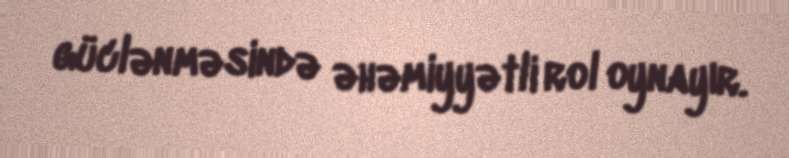
güclənməsində əhəmiyyətli rol oynayır.